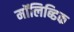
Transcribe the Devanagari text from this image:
मॉलिब्डिक